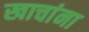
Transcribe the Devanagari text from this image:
खाचांना